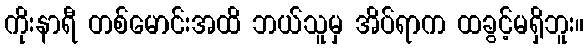
ကိုးနာရီ တစ်မောင်းအထိ ဘယ်သူမှ အိပ်ရာက ထခွင့်မရှိဘူး။